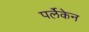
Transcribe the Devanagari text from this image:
पर्लेकेन